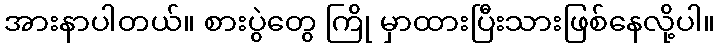
အားနာပါတယ်။ စားပွဲတွေ ကြို မှာထားပြီးသားဖြစ်နေလို့ပါ။